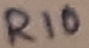
Text: R10